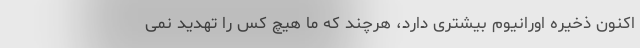
اکنون ذخیره اورانیوم بیشتری دارد، هرچند که ما هیچ کس را تهدید نمی